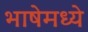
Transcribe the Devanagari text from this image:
भाषेमध्‍ये